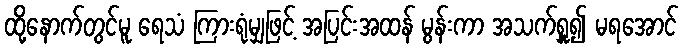
ထို့နောက်တွင်မူ ရေသံ ကြားရုံမျှဖြင့် အပြင်းအထန် မွန်းကာ အသက်ရှူ၍ မရအောင်